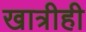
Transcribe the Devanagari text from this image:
खात्रीही